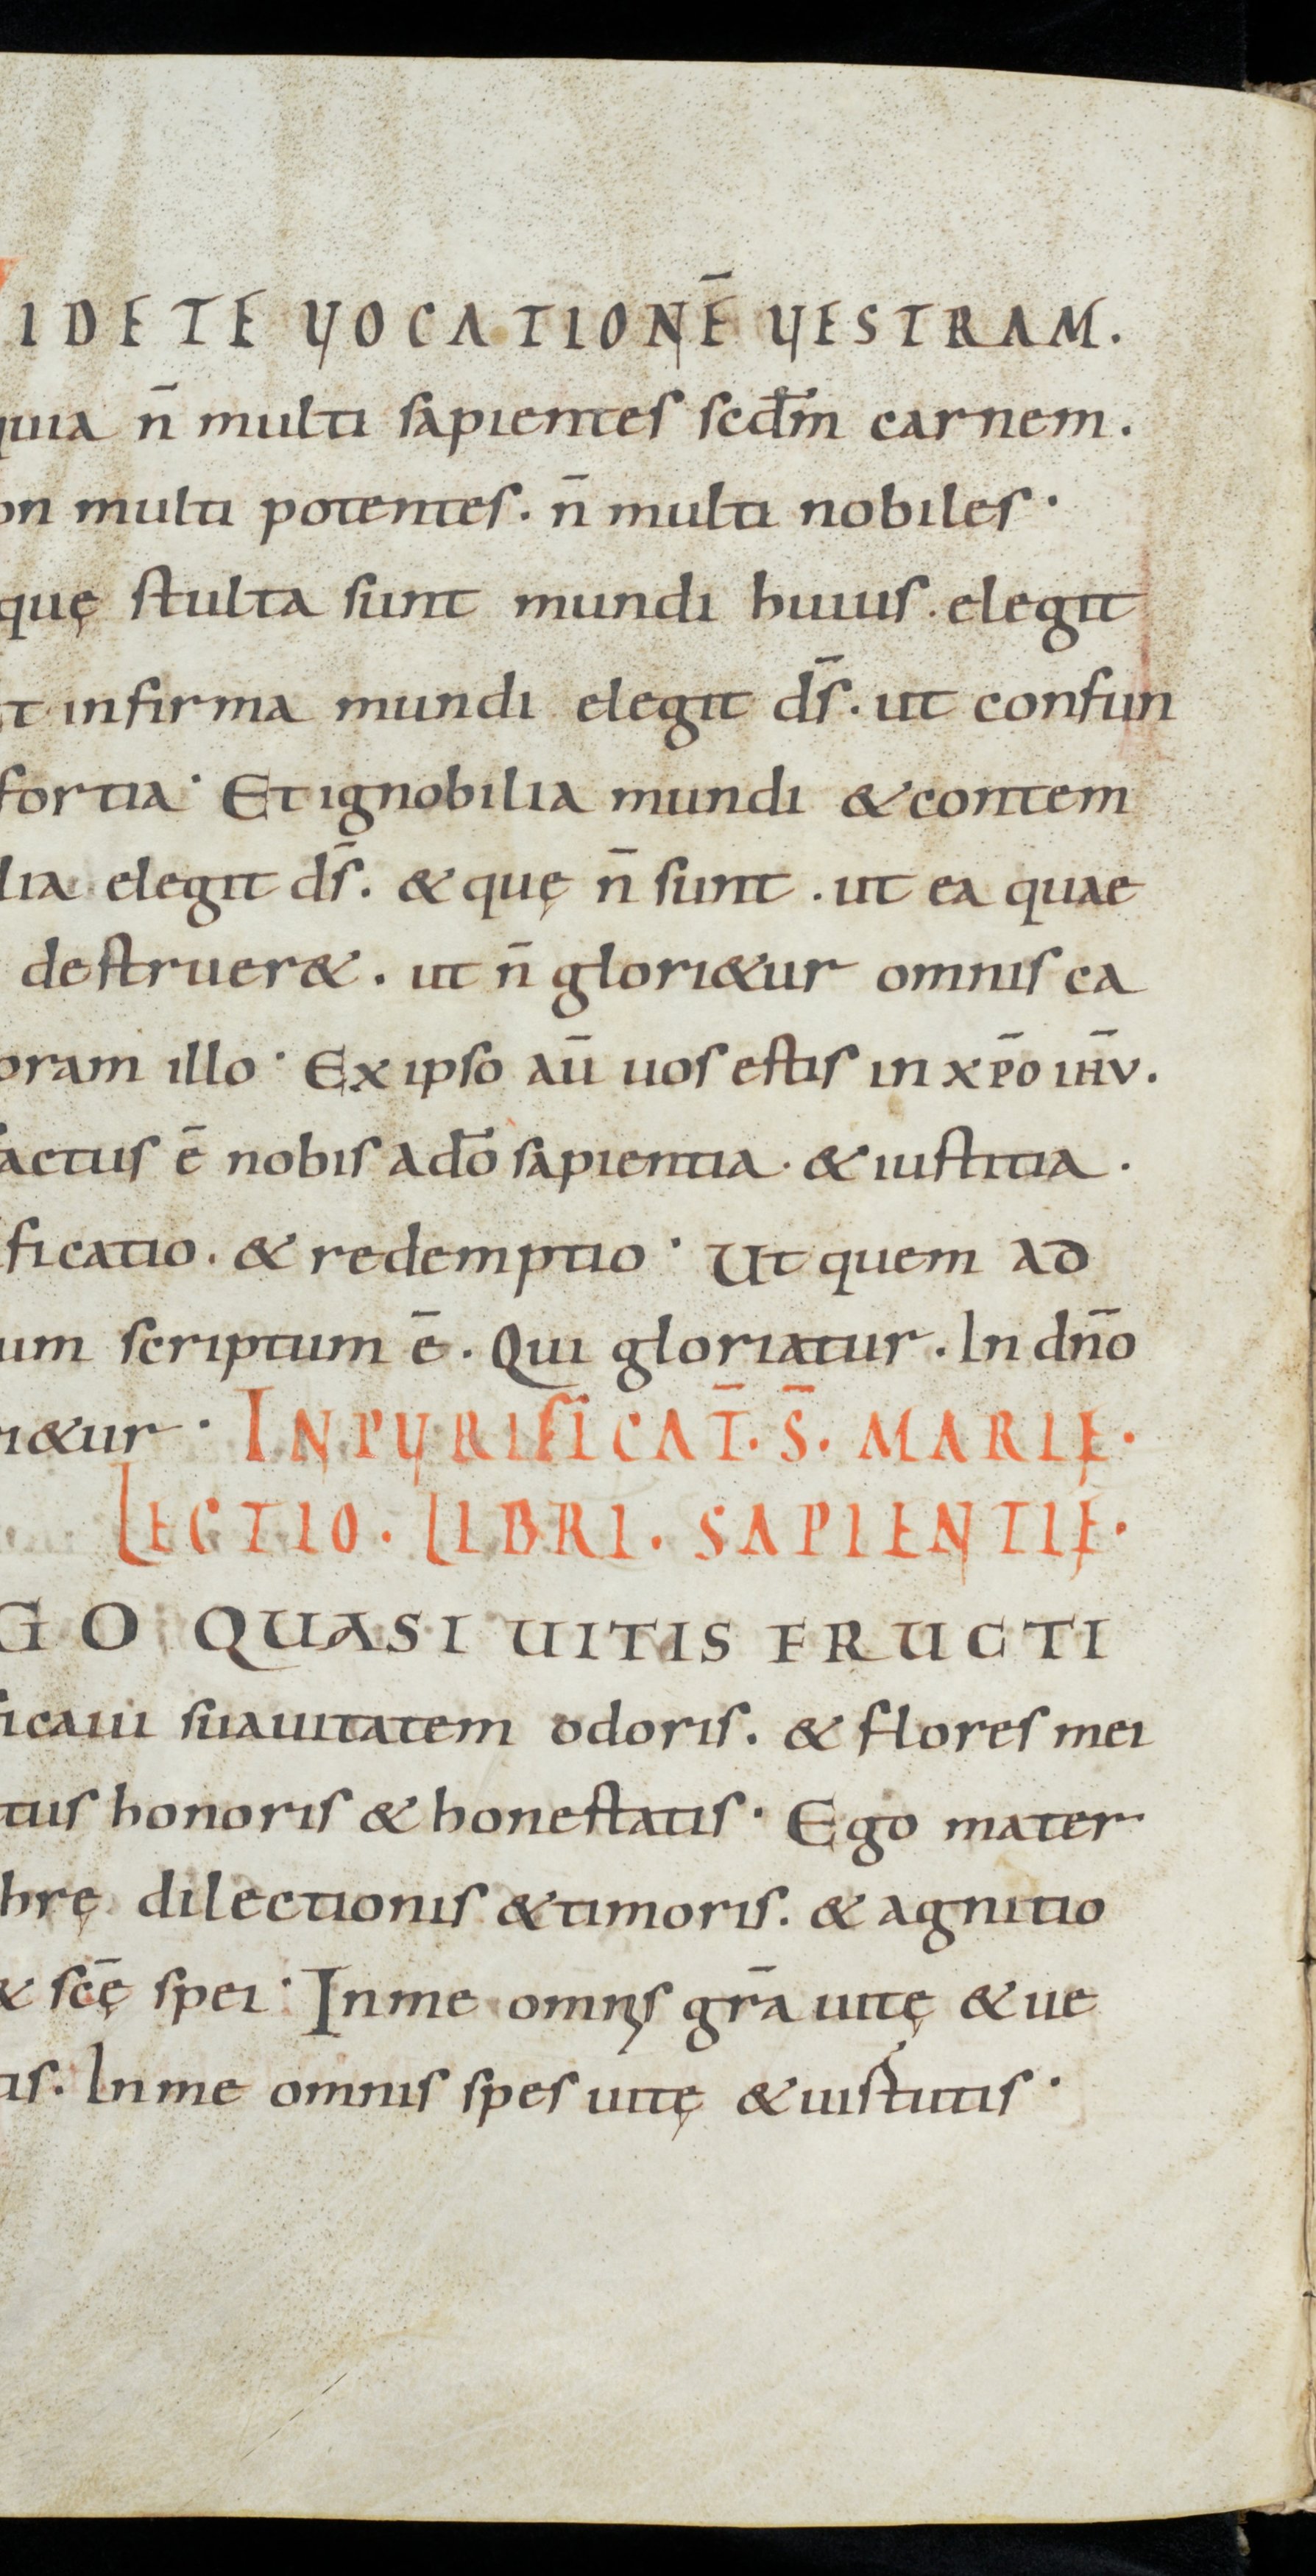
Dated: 900–949